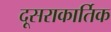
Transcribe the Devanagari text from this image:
दूसराकार्तिक